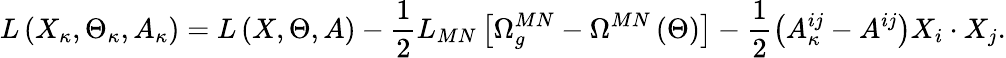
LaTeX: L\left(X_{\kappa},\Theta_{\kappa},A_{\kappa}\right)=L\left(X,\Theta,A\right)-\frac 12L_{MN}\left[\Omega_{g}^{MN}-\Omega^{MN}\left(\Theta\right)\right]-\frac 12\left(A_{\kappa}^{ij}-A^{ij}\right)X_{i}\cdot X_{j}.